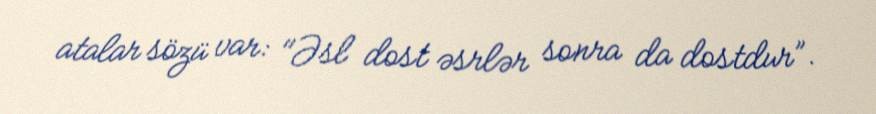
atalar sözü var: "Əsl dost əsrlər sonra da dostdur”.